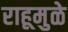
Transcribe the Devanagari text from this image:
राहूमुळे